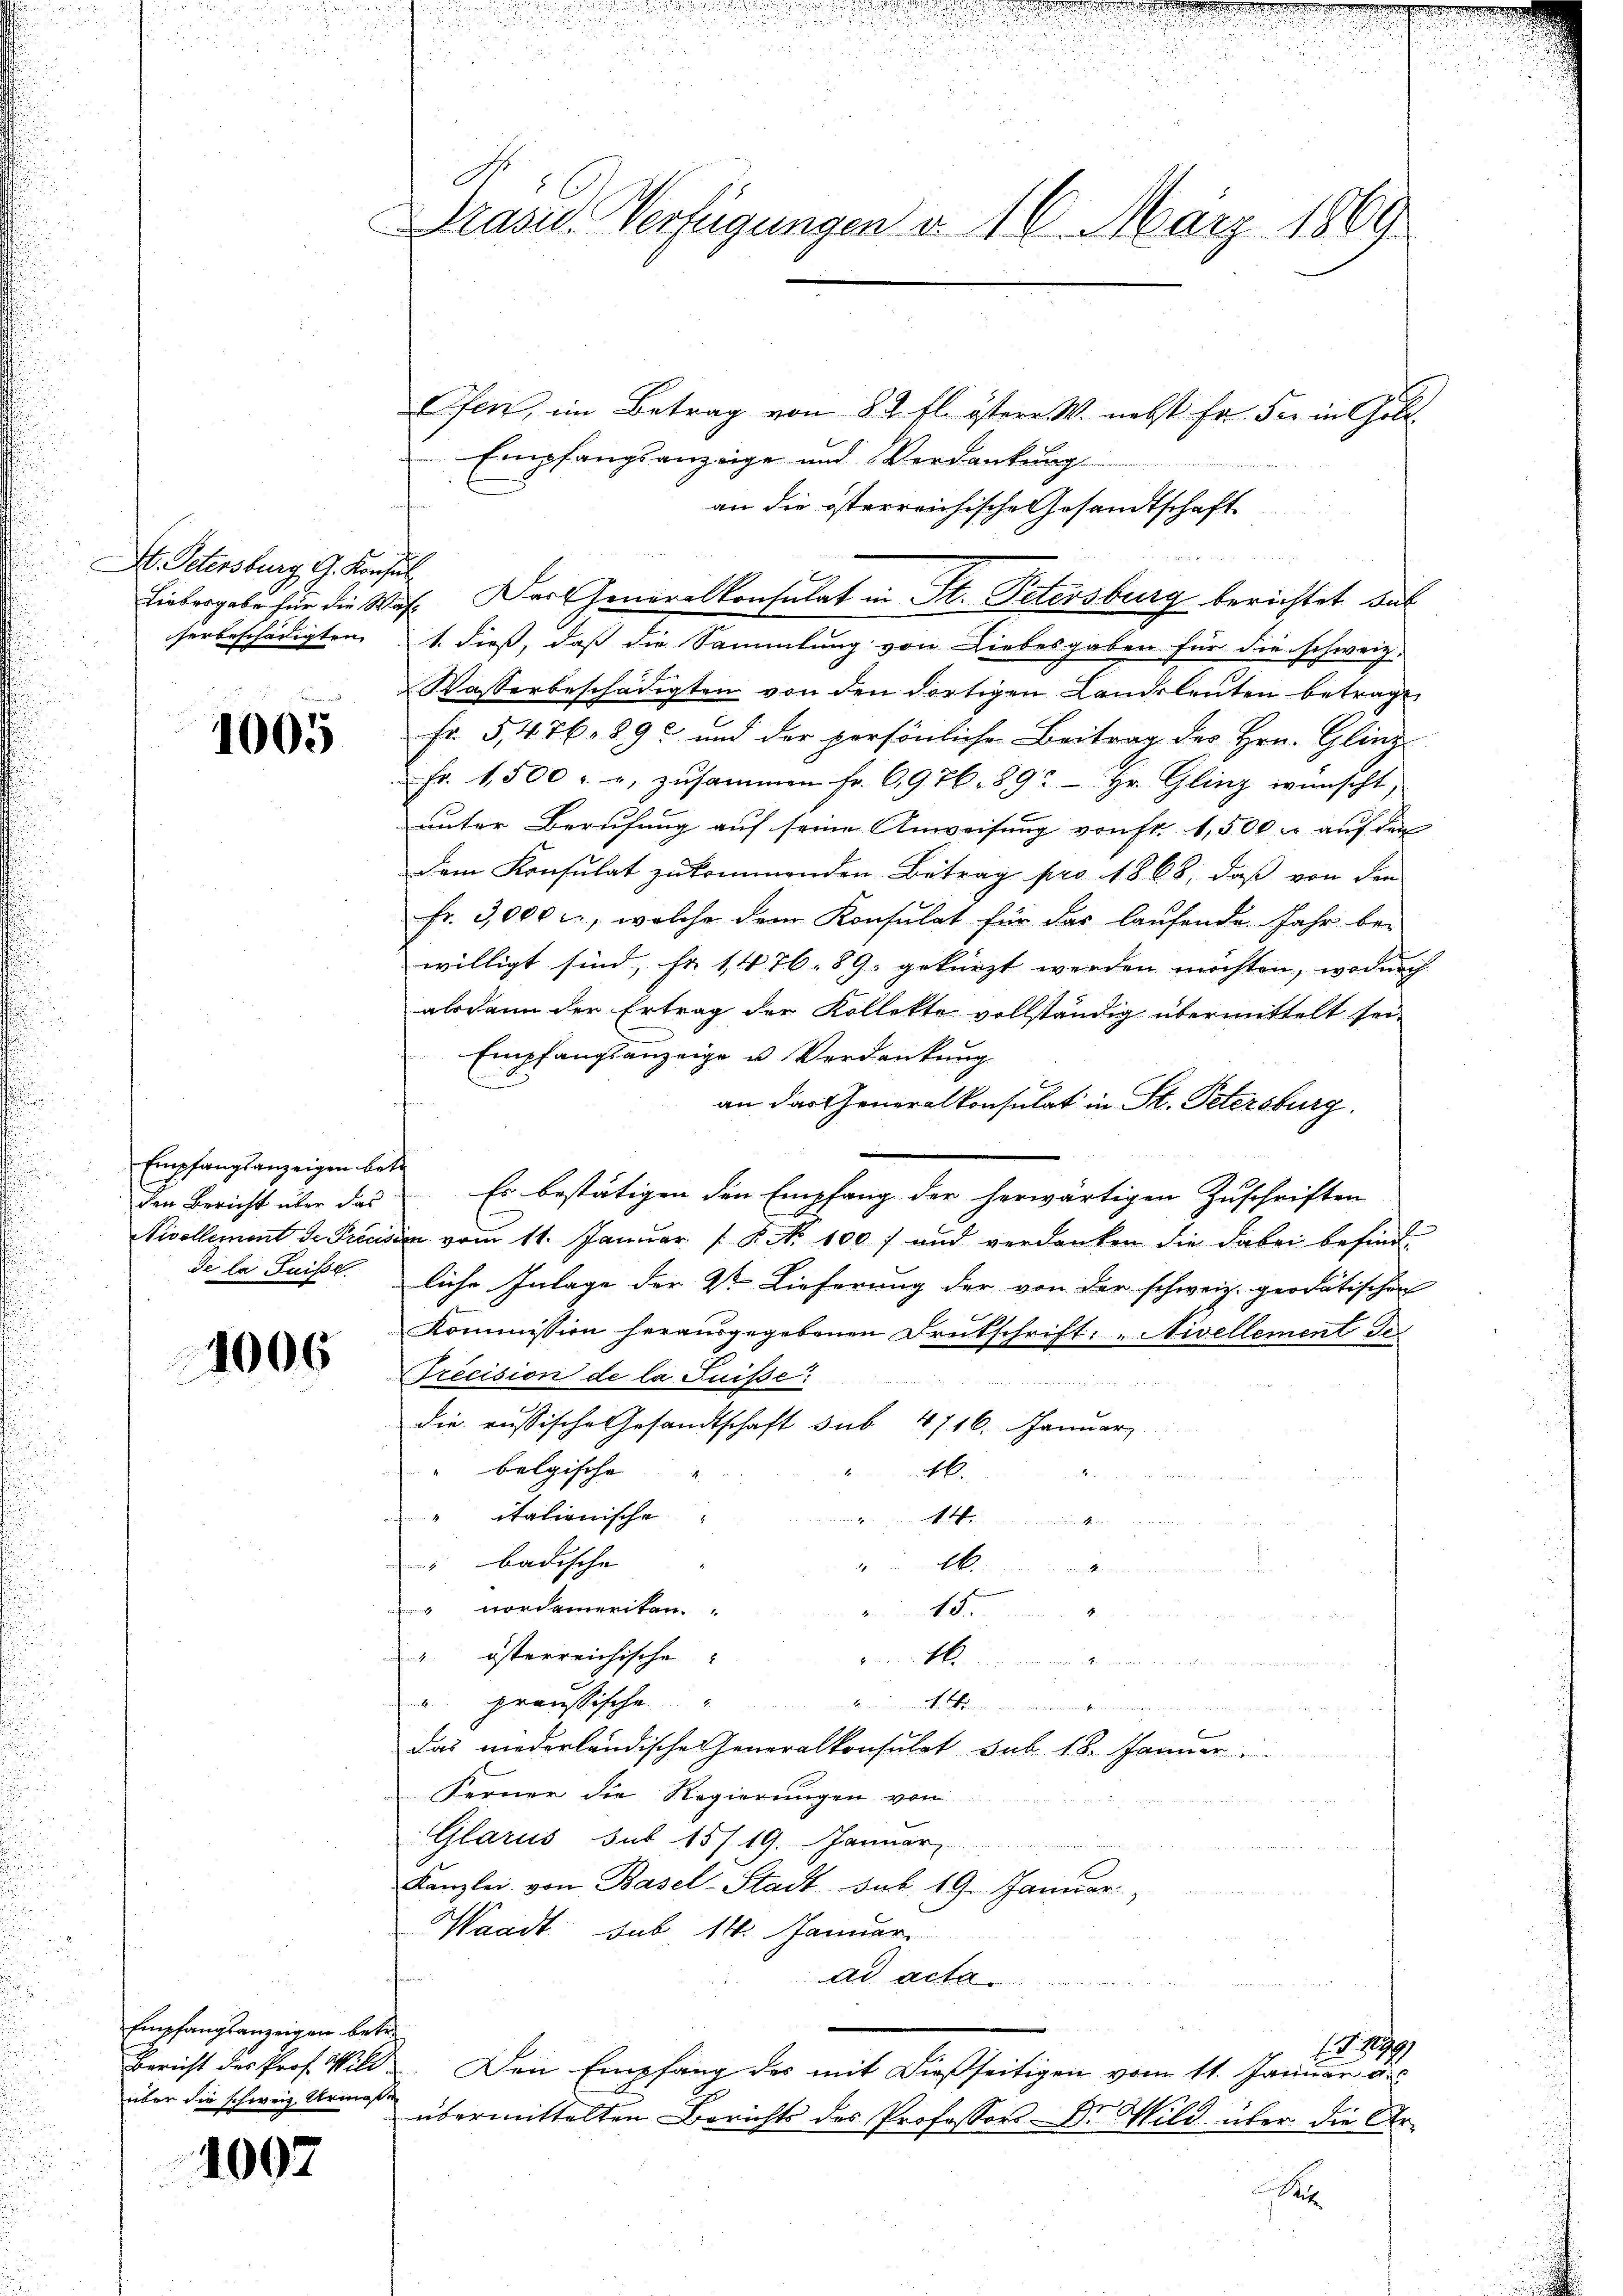
St. Petersburg G. Konsul

1005

Empfangsanzeigen betr

1006

Empfangsanzeigen betre
Bericht des Prof. Wild
über die schweiz. Urmose

1007

G
Präsid. Verfügungen d. 16. März 1869

Liebergabe für die Wahl. Der Generalkonsulat in St. Petersburg berichtet dab

e

Ofen, im Betrag von 82 fl. östere W. nebst Er der in Gold¬
 Empfangsanzeige und Verdankung
an die österreichische Gesandtschaft
i
x
herbeschädigten 1. dieß, daß die Sammlung von Liebesgaben für die schweiz.
Wasserbeschädigten von den dortigen Landsleuten betrage
Fr. 5, 476. 893 und der persönliche Beitrag der Hrn. Glinz
Fr. 1,500 r , zusammen Fr. 69. 76. 892 - Hr. Glinz wünscht,
unter Berufung auf seine Anweisung von fr. 1,500 f auf das
dem Konsulat zukommenden Betrag pro 1868, daß von den
fr. 3,000 l., welche dem Konsulat für das laŭfende Jahr be-
willigt sind, Fr. 1476. 89. gekürzt werden möchten, wodurch
alsdann der Ertrag der Kollekte vollständig übermittelt sei,
Empfangsanzeige u. Verdankung
an das Generalkonsulat in St. Petersburg.
den Bericht über das Es bestätigen den Empfang der herwärtigen Zuschriften
Nivellement de Precision vom 11. Januar  P. Nr. 1007 und verdanken die dabei befinde
de la Suisserliche Inlage der 2ten Lieferung der von der schweiz. geodätischen
Kommission herausgegebenen Drukschrift: „Nivellement de
Trécision de la Suisse
die russische Gesandtschaft sub. 4716. Januar
" belgische
H.
" italienische
 testanden
" badische
6.
u
rdameritan
5
" österreichische
A in ein an der wir waren nemen
 preussische
.
das niederländische eneralkonsulat sub 18. Jänner
Ferner die Regierungen von
Glarus sub 15/19. Januar
Kanzlei von Basel-Stadt sub. 19. Januar,
Waadt sub 14. Januar
ad acta
 S. 1899
Den Empfang des mit dießseitigen vom 11. Januar a.
übermittelten Berichts des Professors Dr. Wild über die Arx